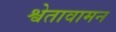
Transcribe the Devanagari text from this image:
श्वेतावामन